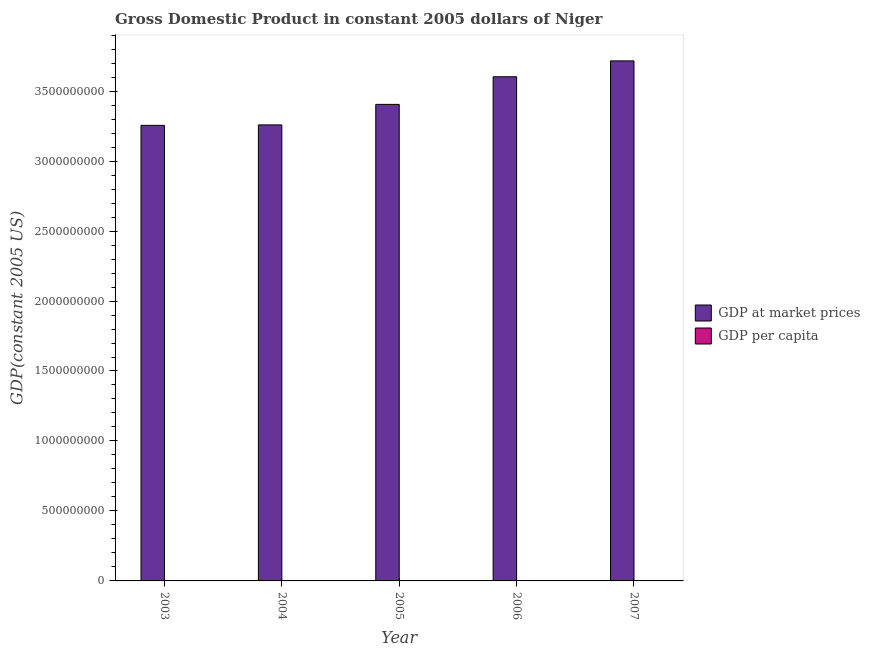
| Year | GDP at market prices | GDP per capita |
 | --- | --- | --- |
 | 2003 | 3.26e+09 | 260 |
 | 2004 | 3.26e+09 | 251 |
 | 2005 | 3.41e+09 | 253 |
 | 2006 | 3.6e+09 | 257 |
 | 2007 | 3.72e+09 | 256 |